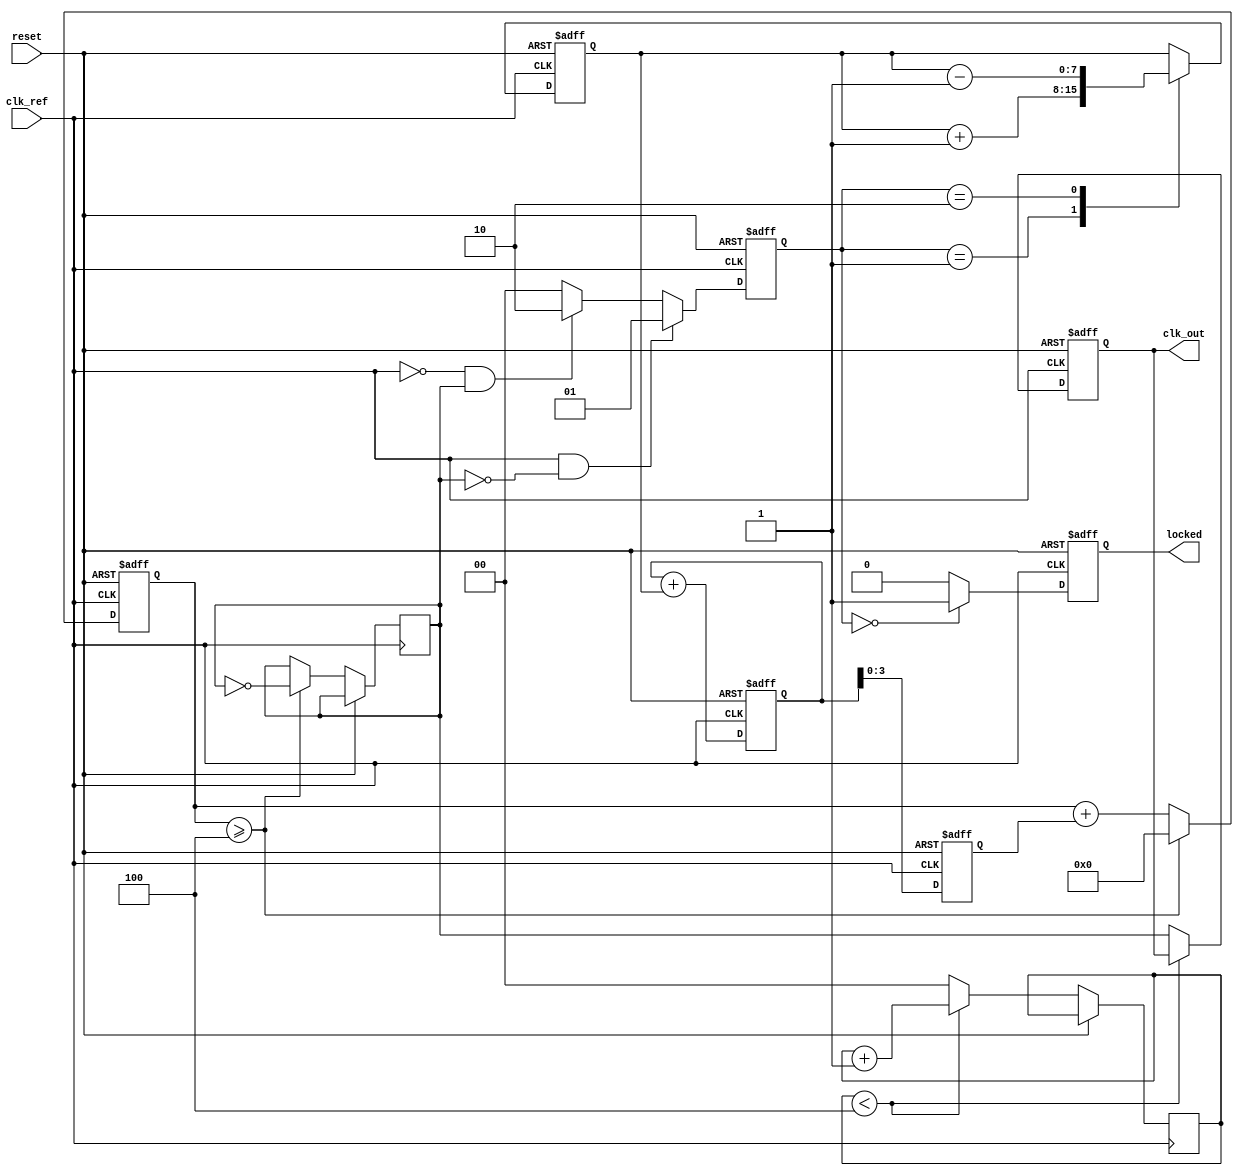
module dual_loop_pll (
    input wire clk_ref,          // Reference clock input
    input wire reset,            // Asynchronous reset
    output reg clk_out,          // Output clock
    output reg locked            // Lock indicator
);

    // Parameters
    parameter DIV_RATIO = 4;     // Frequency divider ratio
    parameter LOOP_FILTER_WIDTH = 8; // Width of loop filter signals

    // Internal signals
    reg [LOOP_FILTER_WIDTH-1:0] error_signal; // Error signal from phase detector
    reg [LOOP_FILTER_WIDTH-1:0] inner_filter; // Inner loop filter output
    reg [LOOP_FILTER_WIDTH-1:0] outer_filter; // Outer loop filter output
    reg [LOOP_FILTER_WIDTH-1:0] vco_control;  // Control signal to VCO
    reg [3:0] vco_counter;       // VCO frequency control counter
    reg [1:0] phase_detector;     // Phase detector output
    reg [1:0] divider_counter;    // Frequency divider counter
    reg vco_clk;                  // VCO clock output

    // Phase Detector
    always @(posedge clk_ref or posedge reset) begin
        if (reset) begin
            phase_detector <= 2'b00;
        end else begin
            // Simple phase detection logic (to be improved)
            if (clk_ref && !vco_clk) begin
                phase_detector <= 2'b01; // Reference leads
            end else if (!clk_ref && vco_clk) begin
                phase_detector <= 2'b10; // VCO leads
            end else begin
                phase_detector <= 2'b00; // In phase
            end
        end
    end

    // Loop Filters
    always @(posedge clk_ref or posedge reset) begin
        if (reset) begin
            inner_filter <= 0;
            outer_filter <= 0;
        end else begin
            // Inner loop filter (simple proportional control)
            case (phase_detector)
                2'b01: inner_filter <= inner_filter + 1; // Reference leads
                2'b10: inner_filter <= inner_filter - 1; // VCO leads
                default: inner_filter <= inner_filter;    // In phase
            endcase

            // Outer loop filter (simple integration)
            outer_filter <= outer_filter + inner_filter; // Accumulate for stability
        end
    end

    // VCO Control Logic
    always @(posedge clk_ref or posedge reset) begin
        if (reset) begin
            vco_control <= 0;
            vco_counter <= 0;
            clk_out <= 0;
            locked <= 0;
        end else begin
            vco_control <= outer_filter; // Control VCO with outer filter output

            // VCO behavior (simple counter for frequency generation)
            vco_counter <= vco_counter + vco_control[3:0];
            if (vco_counter >= DIV_RATIO) begin
                vco_clk <= ~vco_clk;
                vco_counter <= 0;
            end
            
            // Frequency Divider
            if (divider_counter < DIV_RATIO) begin
                divider_counter <= divider_counter + 1;
            end else begin
                clk_out <= vco_clk;
                divider_counter <= 0;
            end

            // Lock detection (simple logic)
            if (phase_detector == 2'b00) begin
                locked <= 1; // Locked when in phase
            end else begin
                locked <= 0; // Not locked
            end
        end
    end

endmodule